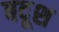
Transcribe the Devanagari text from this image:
बदूश